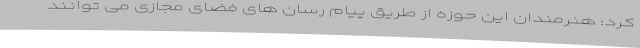
کرد: هنرمندان این حوزه از طریق پیام رسان های فضای مجازی می توانند